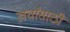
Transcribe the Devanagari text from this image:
खर्चांसाठी